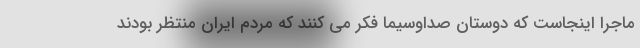
ماجرا اینجاست که دوستان صداوسیما فکر می کنند که مردم ایران منتظر بودند